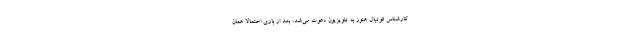
کارشناس فوتبال هنوز به تلویزیون دعوت می‌شد، بعد از بازی احتمالاً همان